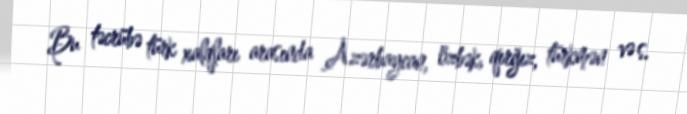
Bu təcrübə türk xalqları arasında Azərbaycan, özbək, qırğız, türkmən və s.